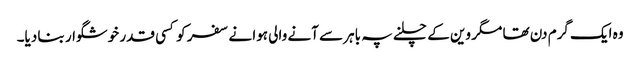
وہ ایک گرم دن تھا مگر وین کے چلنے پہ باہر سے آنے والی ہوا نے سفر کو کسی قدر خوشگوار بنا دیا۔